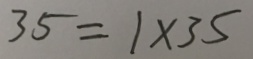
3 5 = 1 \times 3 5